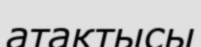
атақтысы